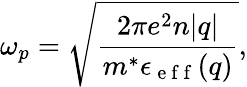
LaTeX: \omega_{p}=\sqrt{\frac{2\pi e^{2}n|q|}{m^{*}\epsilon_{\mathrm{~e~f~f~}}(q)}},